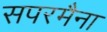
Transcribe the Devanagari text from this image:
सपरमैना